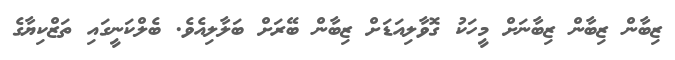
ޒިބާން ޒިބާން ޒިބާނަށް މީހަކު ގޮވާލިއަޑަށް ޒިބާން ބޭރަށް ބަލާލިއެވެ. ބެލްކަނީގައި ތަޒްކިޔާގެ